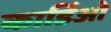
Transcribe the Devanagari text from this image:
कार्डिओ